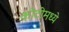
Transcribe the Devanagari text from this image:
कोटीमध्ये